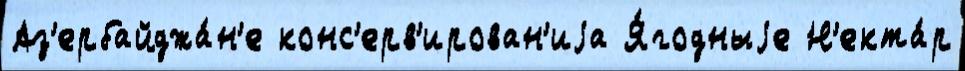
Аз'ербайджа́н'е конс'ерв'ирован'иjа Я́годныjе Н'екта́р